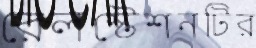
রেলস্টেশনটির